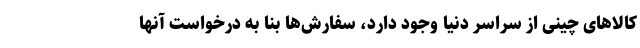
کالاهای چینی از سراسر دنیا وجود دارد، سفارش‌ها بنا به درخواست آنها